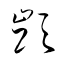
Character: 顗